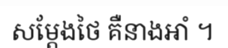
សម្តែងថៃ គឺនាងអាំ ។